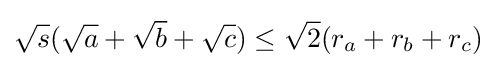
{\sqrt {s}}({\sqrt {a}}+{\sqrt {b}}+{\sqrt {c}})\leq {\sqrt {2}}(r_{a}+r_{b}+r_{c})